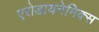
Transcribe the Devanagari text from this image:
एरोडायनेमिक्स